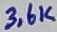
Text: 3,6K